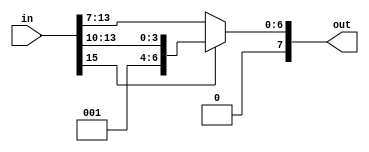
module ReLU(in,out);
   // 1 sign bit, 3 decimal, 12 fractional
   input signed [15:0] in;
   // 1 sign bit, 2 decimal, 5 fractional
   output [7:0] out;
   // if negative output = in/8 
   // if positive output = in
   assign out = in[15] ? {4'b1,in[13:10]} : {1'b0,in[13:7]}; 
endmodule